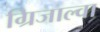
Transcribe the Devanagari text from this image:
ग्रिजाल्वा